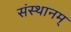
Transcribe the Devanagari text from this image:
संस्थानम्